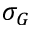
\sigma _ { G }